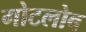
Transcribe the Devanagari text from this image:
गोटलोब